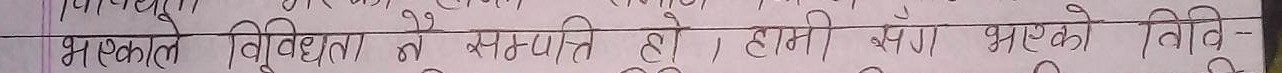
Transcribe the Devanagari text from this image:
भएकाले विविधताको समाप्ति हो। हामी सँग भएको विवि-